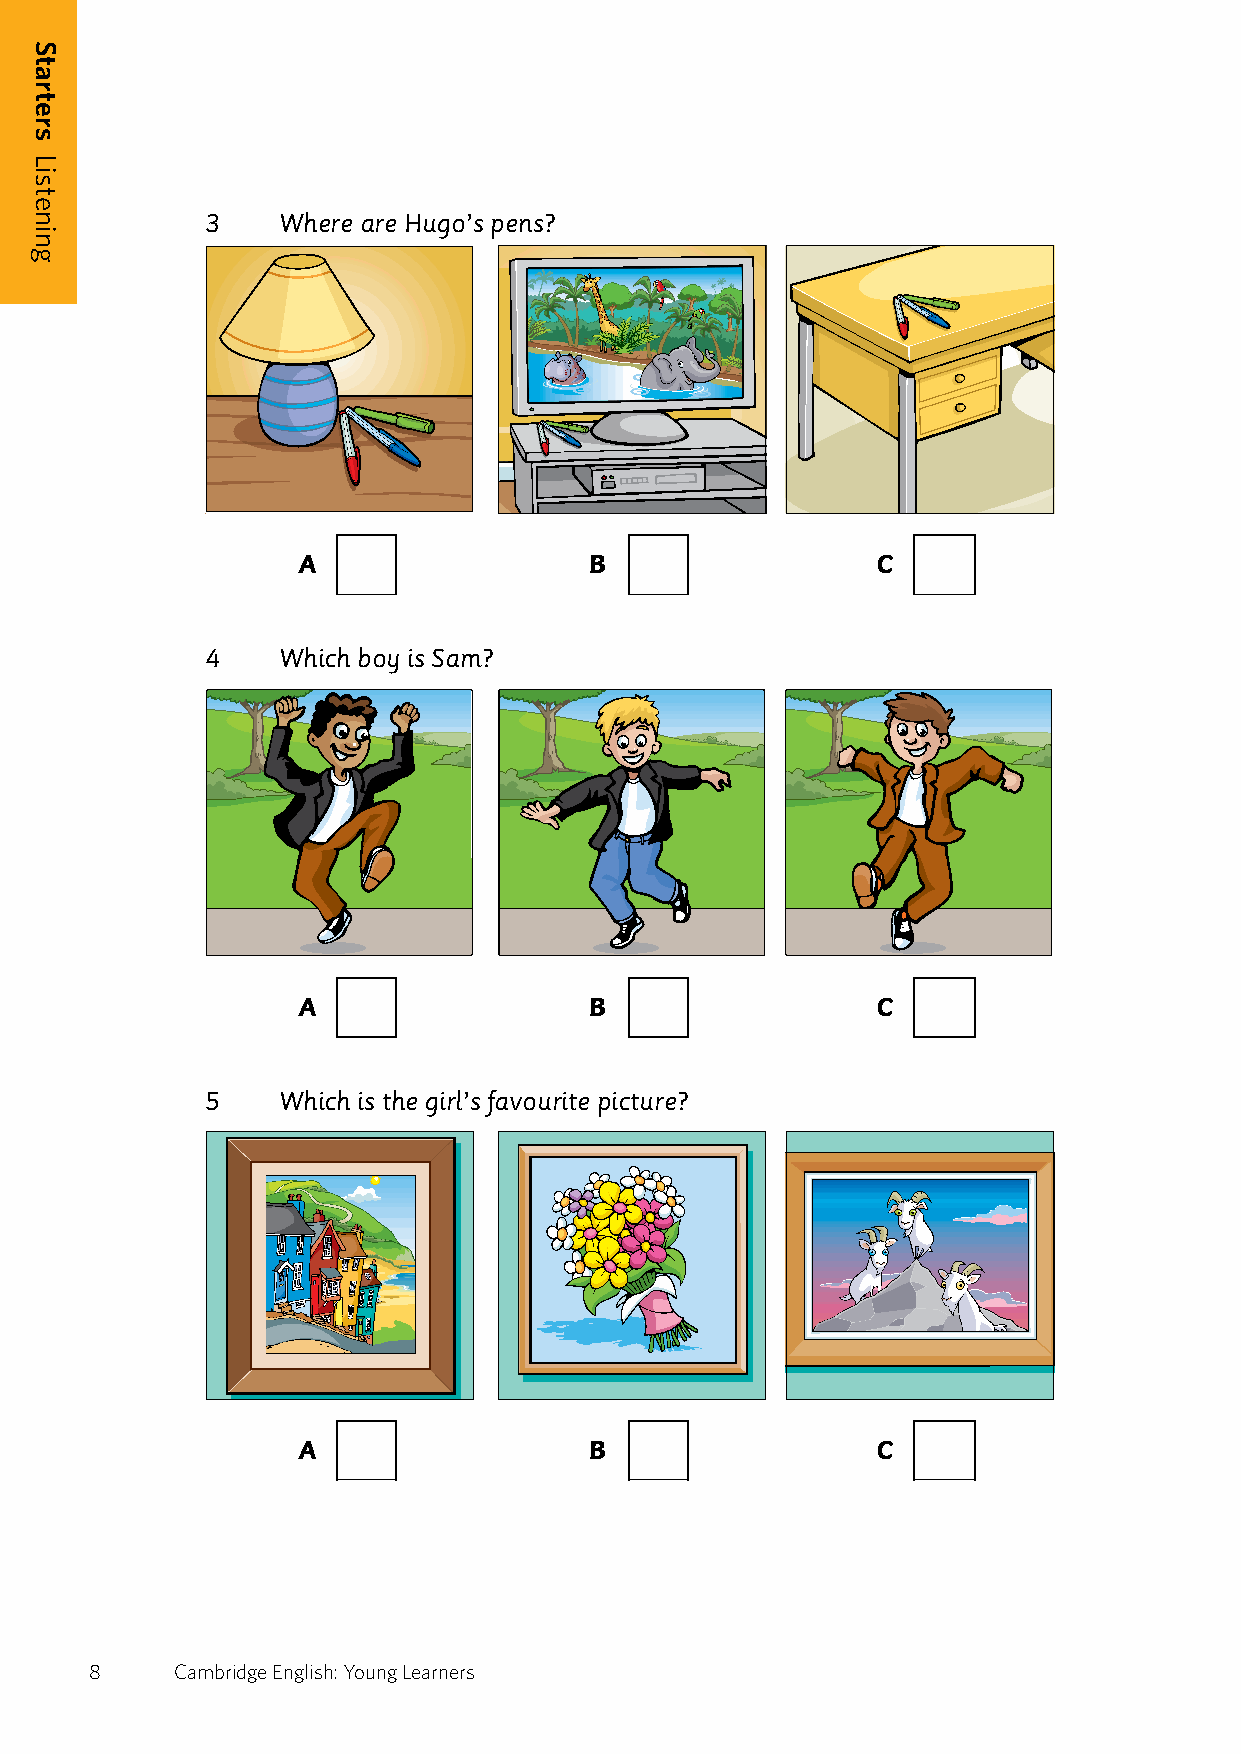
3    Where are Hugo’s pens?
 A                  B                  C
 4    Which boy is Sam?
 A                  B                  C
 5    Which is the girl’s favourite picture?
 A                  B                  C
 8     Cambridge English: Young Learners
 7
 Starters
 Listening